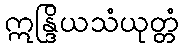
ဣန္ဒြိယသံယုတ္တံ